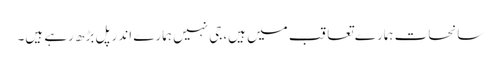
سانحات ہمارے تعاقب میں ہیں،جی نہیں ہمارے اندر پل بڑھ رہے ہیں۔